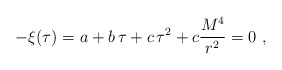
\begin{align*}-\xi(\tau)=a+b\,\tau+c\,\tau^2 +c\frac{M^4}{r^2} =0 \ ,\end{align*}